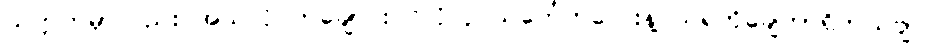
သက္ကတမှာလည်း အဲသလို တချောင်းငင်လိုလို သင်္ကေတလေးနဲ့ သရကိုချေတာရှိတယ်ဗျ။